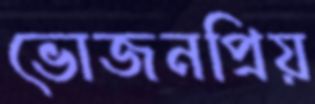
ভোজনপ্রিয়